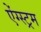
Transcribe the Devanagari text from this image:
ऐंग्स्ट्रम